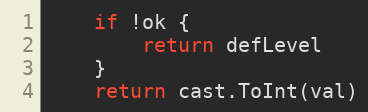
Language: Go
	if !ok {
		return defLevel
	}
	return cast.ToInt(val)